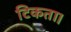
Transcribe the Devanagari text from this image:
टिकता।